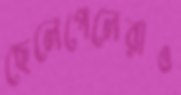
ছেলেপেলেরাও